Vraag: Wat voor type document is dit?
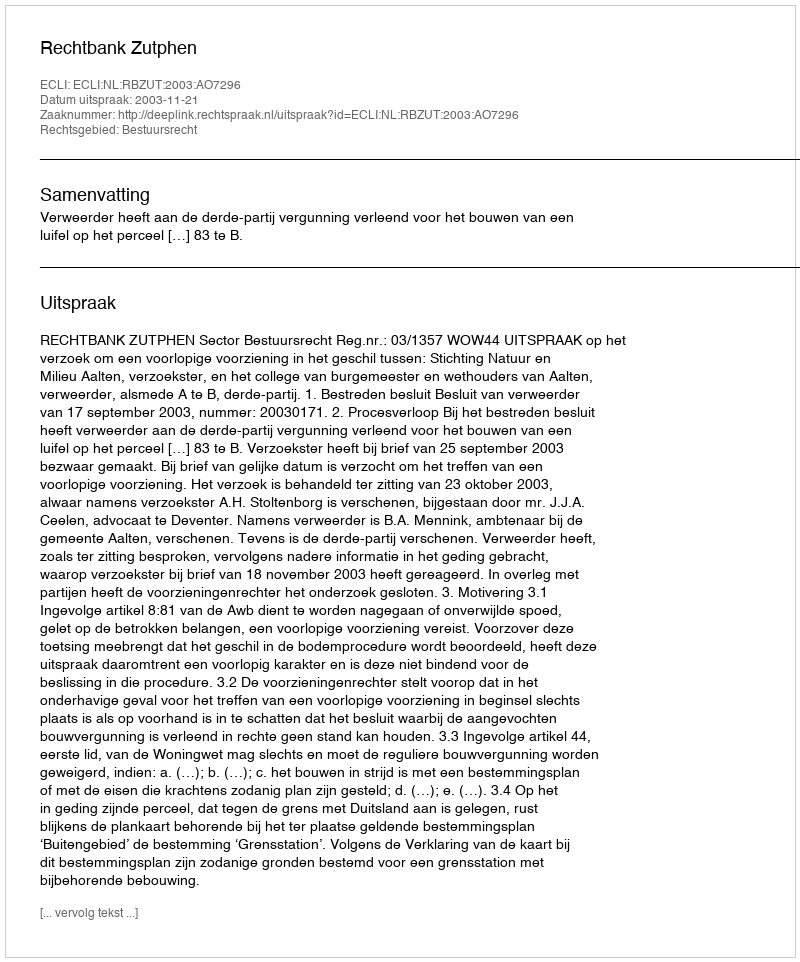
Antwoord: Uitspraak